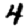
Digit: 4